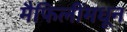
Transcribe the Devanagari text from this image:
मैफिलींमधून